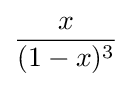
{\frac {x}{(1-x)^{3}}}